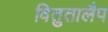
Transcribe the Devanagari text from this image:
वितुतालैप